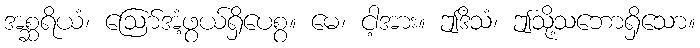
အစ္ဆရိယံ၊ ဩော်အံ့ဖွယ်ရှိပေစွ။ မေ၊ ငါ့အား။ ဤဒိသံ၊ ဤသို့သဘောရှိသော။